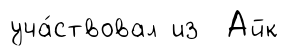
уча́ствовал из Айк